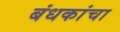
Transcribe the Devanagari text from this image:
बंधकांचा